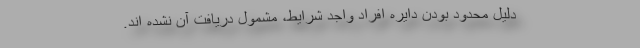
دلیل محدود بودن دایره افراد واجد شرایط، مشمول دریافت آن نشده اند.